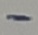
Text: -